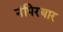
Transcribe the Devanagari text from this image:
नंपिरयार